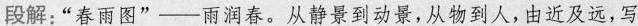
段解:“春雨图”雨润春。从静景到动景，从物到人，由近及远，写